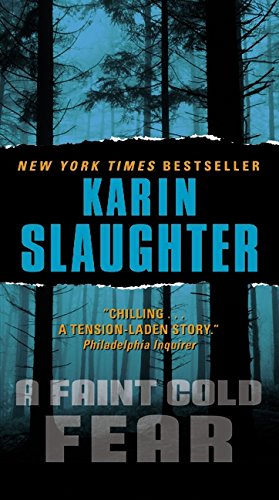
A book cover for A Faint Cold Fear (Grant County Mysteries); Karin Slaughter; Literature & Fiction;